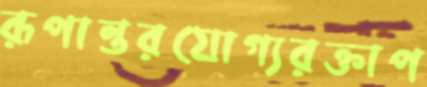
রূপান্তরযোগ্যরক্তাপ